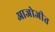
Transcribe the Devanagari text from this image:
आजोजीत